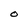
Character: O